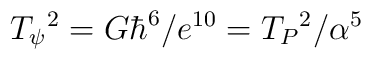
T_{\psi}{}^{2}=G\hbar^{6}/e^{10}=T_{P}{}^{2}/\alpha^{5}